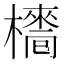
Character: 𣝿